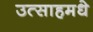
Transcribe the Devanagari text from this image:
उत्साहमधे